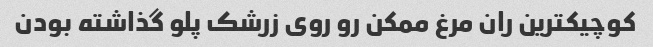
کوچیکترین ران مرغ ممکن رو روی زرشک پلو گذاشته بودن